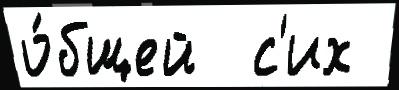
о́бщей  с'их